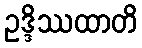
ဥဒ္ဒိဿထာတိ